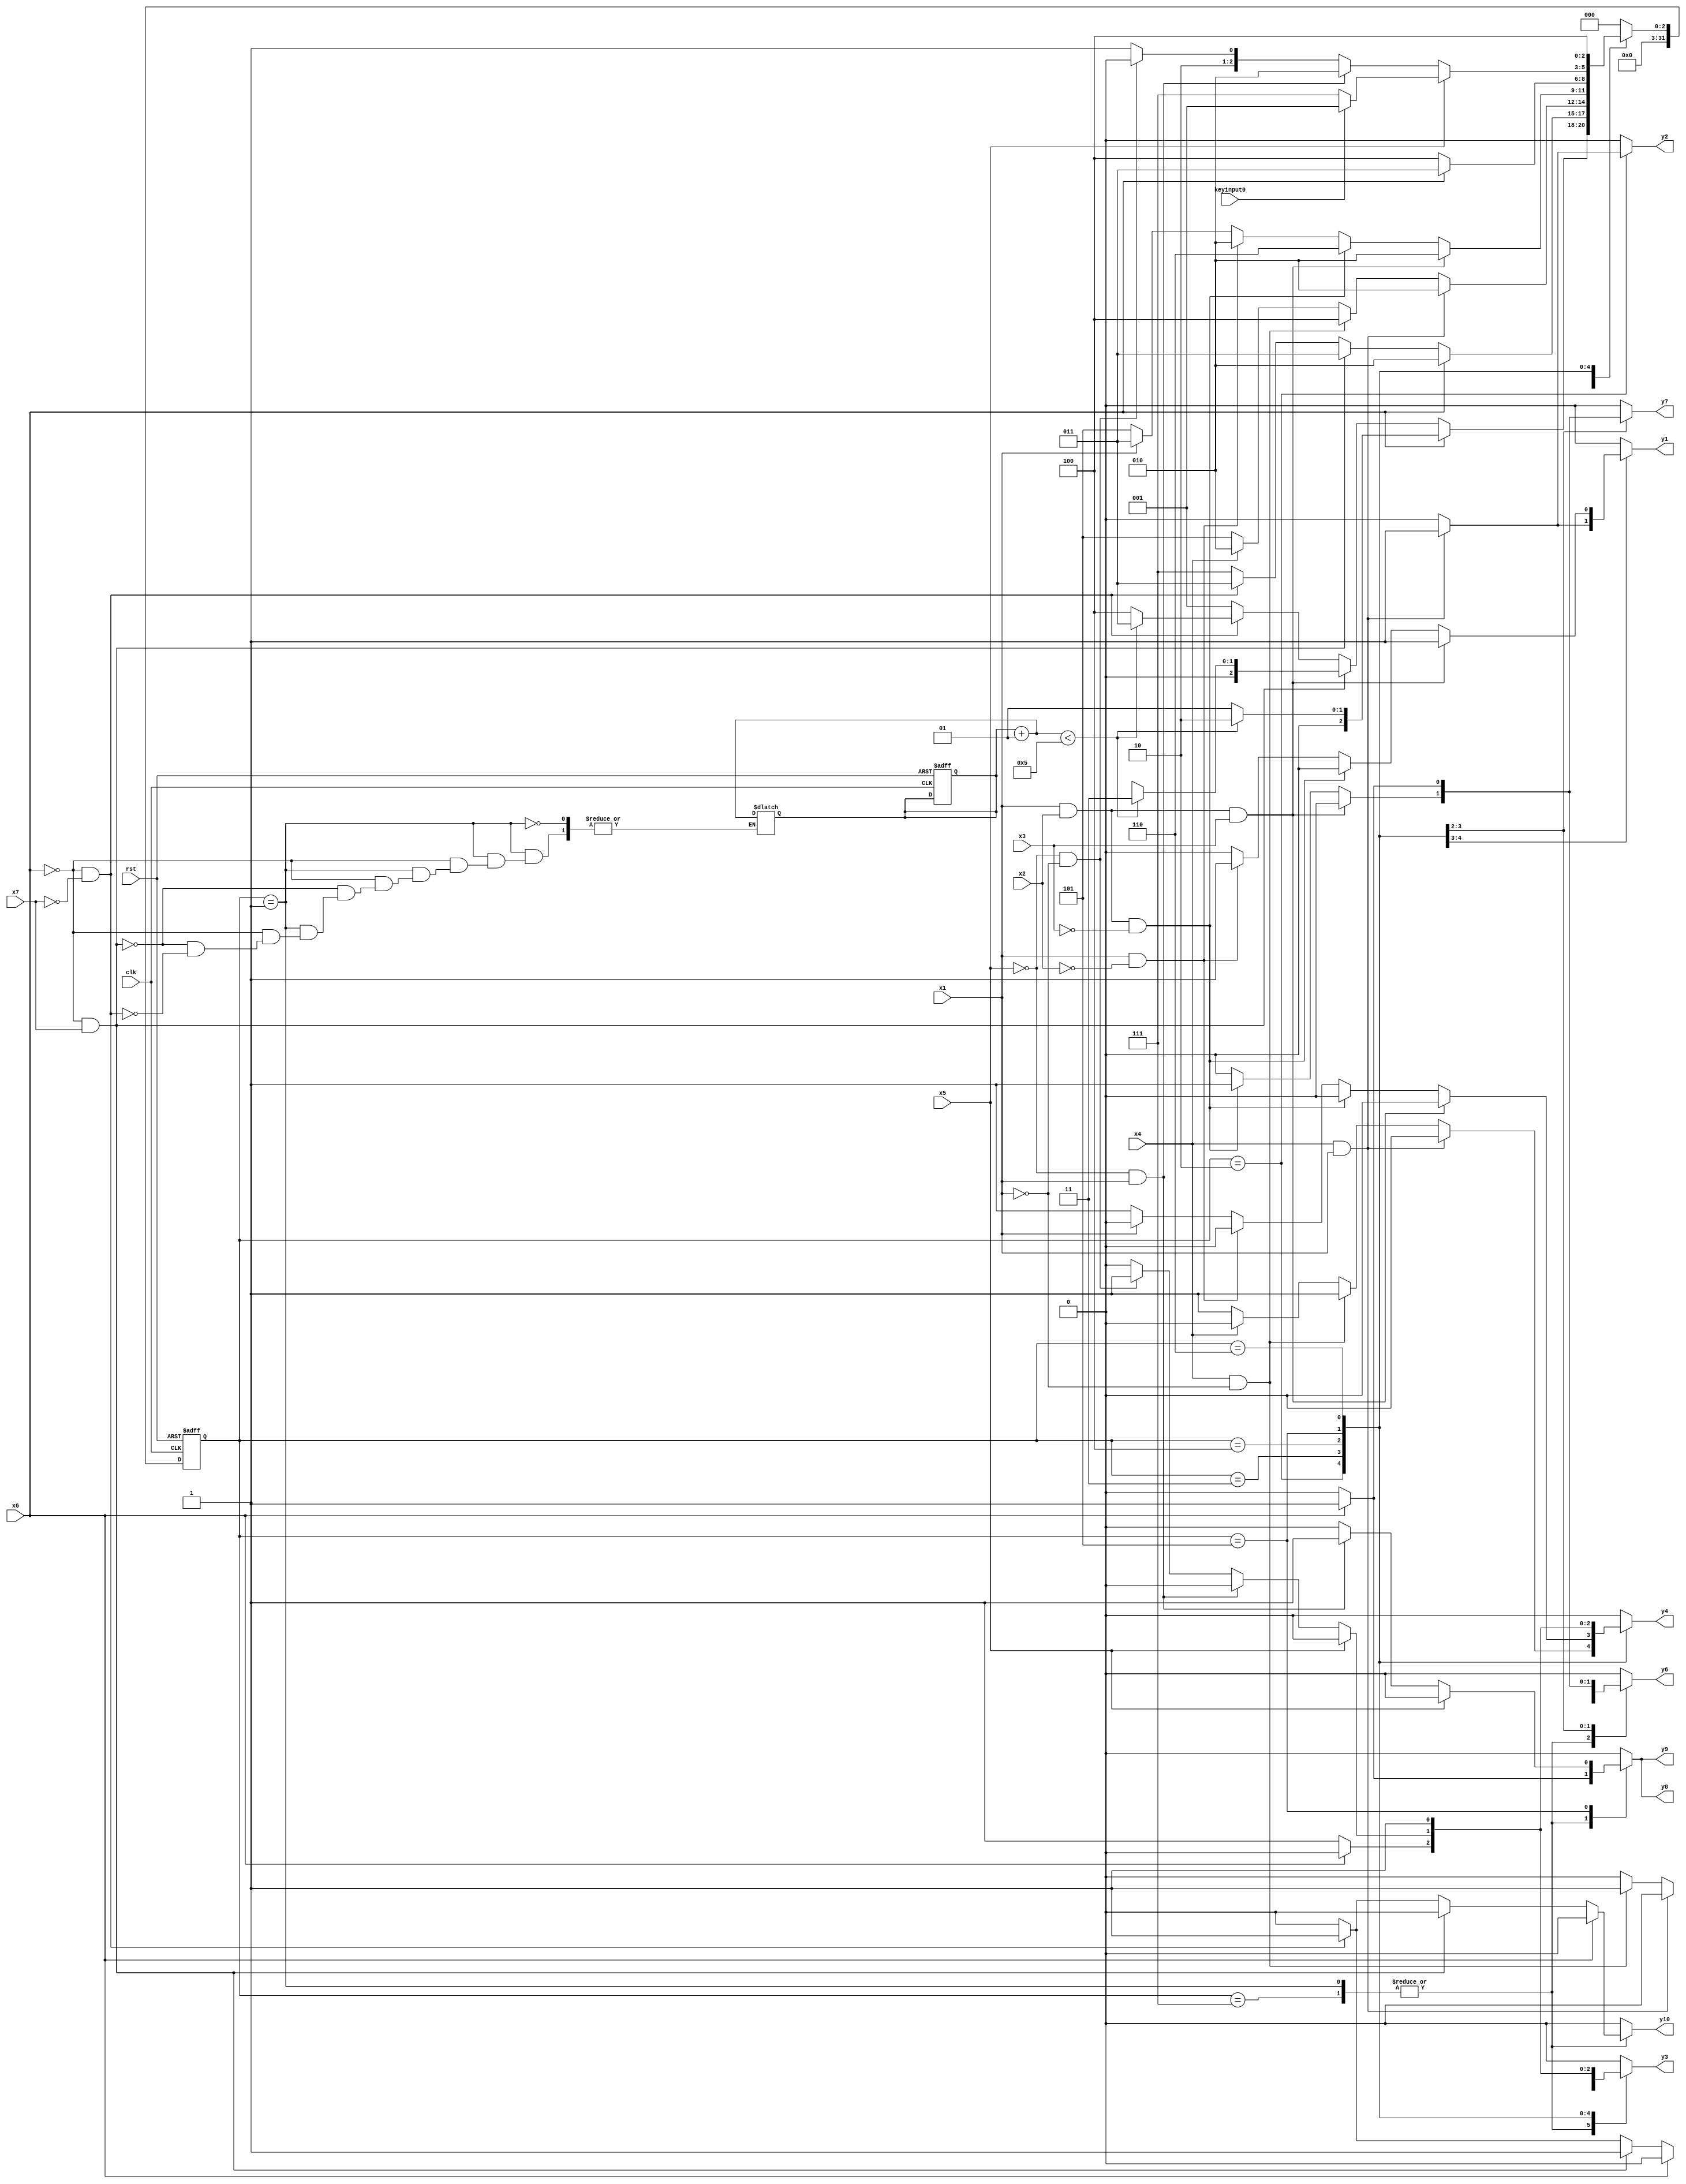
module girl10 ( clk,rst,
	x1, x2, x3, x4, x5, x6, x7, keyinput0, 
	y1, y2, y3, y4, y6, y7, y8, y9, y10);

input clk, rst, x1, x2, x3, x4, x5, x6, x7, keyinput0;
output y1, y2, y3, y4, y6, y7, y8, y9, y10;
reg y1, y2, y3, y4, y6, y7, y8, y9, y10;

parameter s1=1, s2=2, s3=3, s4=4, s5=5, s6=6, s1_d=7;
integer pr_state;
integer nx_state;
integer trojan_count;

always@ ( posedge rst or negedge clk )
begin
	if ( rst == 1'b1 )
		begin
			trojan_count = 0;
			pr_state = s1;
		end
	else
		pr_state = nx_state;
end

always@ ( pr_state or x1 or x2 or x3 or x4 or x5 or x6 or x7 or keyinput0)
	begin
			y1 = 1'b0;	y2 = 1'b0;	y3 = 1'b0;	y4 = 1'b0;	
			y6 = 1'b0;	y7 = 1'b0;	y8 = 1'b0;	y9 = 1'b0;	
			y10 = 1'b0;	
		case ( pr_state )
				s1 : if( x6 )
						begin
							trojan_count = trojan_count + 1;
							y8 = 1'b1;	y9 = 1'b1;	
							if(trojan_count < 5) 
								nx_state = s2;
							else
								nx_state = s1;
						end
					else if( ~x6 && x7 )
						begin
							trojan_count = trojan_count + 1;
							y6 = 1'b1;	
							if(trojan_count < 5) 
								nx_state = s3;
							else
								nx_state = s7;
						end
					else if( ~x6 && ~x7 )
						begin
							trojan_count = trojan_count + 1;
							y3 = 1'b1;	y6 = 1'b1;	y10 = 1'b1;	
							if(trojan_count < 5) 
								nx_state = s3;
							else
								nx_state = s4;
						end
					else nx_state = s1;
				s1_d : if( x6 )
						begin
							y8 = 1'b1;	y9 = 1'b1;	
							nx_state = s2;
						end
					else if( ~x6 && x7 )
						begin
							y6 = 1'b1;	
							nx_state = s3;
						end
					else if( ~x6 && ~x7 )
						begin
							y3 = 1'b1;	y6 = 1'b1;	y10 = 1'b1;	
							nx_state = s3;
						end
					else nx_state = s1_d;
				s2 : if( x4 && x1 )
						begin
							y1 = 1'b1;	y2 = 1'b1;	
							nx_state = s2;
						end
					else if( x4 && ~x1 )
						begin
							y3 = 1'b1;	y4 = 1'b1;	
							nx_state = s4;
						end
					else if( ~x4 )
						begin
							y4 = 1'b1;	
							nx_state = s5;
						end
					else nx_state = s2;
				s3 : if( x1 && x2 && x3 )
						begin
							y1 = 1'b1;	y3 = 1'b1;	
							nx_state = s2;
						end
					else if( x1 && x2 && ~x3 )
						begin
							y6 = 1'b1;	y7 = 1'b1;	
							nx_state = s6;
						end
					else if( x1 && ~x2 )
						begin
							y1 = 1'b1;	y3 = 1'b1;	
							nx_state = s2;
						end
					else if( ~x1 )
						begin
							y4 = 1'b1;	
							nx_state = s5;
						end
					else nx_state = s3;
				s4 : if( x6 )
						begin
							y6 = 1'b1;	y7 = 1'b1;	
							nx_state = s3;
						end
					else if( ~x6 )
						begin
							y3 = 1'b1;	y4 = 1'b1;	
							nx_state = s4;
						end
					else nx_state = s4;
				s5 : if( x5 )
							if( keyinput0 ) nx_state = s1;
							else nx_state = s1_d;
					else if( ~x5 && x1 )
						begin
							y8 = 1'b1;	y9 = 1'b1;	
							nx_state = s2;
						end
					else if( ~x5 && ~x1 )
						begin
							y3 = 1'b1;	y4 = 1'b1;	
							nx_state = s4;
						end
					else nx_state = s5;
				s6 : if( 1'b1 )
						begin
							y3 = 1'b1;	y4 = 1'b1;	
							nx_state = s4;
						end
					else nx_state = s6;

			default : nx_state = 0;
		endcase
	end
endmodule